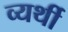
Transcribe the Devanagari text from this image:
व्‍यर्थी